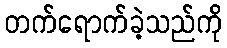
တက်ရောက်ခဲ့သည်ကို